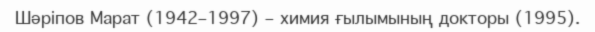
Шәріпов Марат (1942–1997) – химия ғылымының докторы (1995).